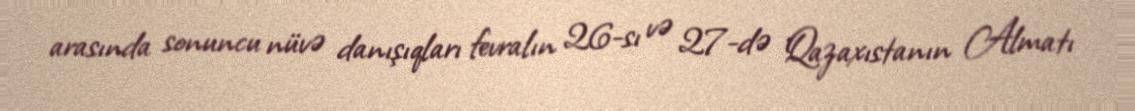
arasında sonuncu nüvə danışıqları fevralın 26-sı və 27-də Qazaxıstanın Almatı